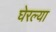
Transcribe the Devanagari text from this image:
घेरल्या